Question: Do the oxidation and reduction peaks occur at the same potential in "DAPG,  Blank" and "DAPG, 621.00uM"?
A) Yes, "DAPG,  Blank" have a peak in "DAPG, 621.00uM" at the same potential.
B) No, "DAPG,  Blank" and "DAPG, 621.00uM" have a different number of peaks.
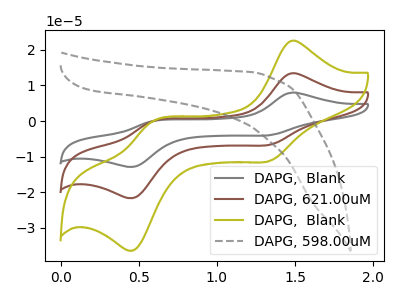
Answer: <think>The gray curve "DAPG,  Blank" has anodic peaks at (1.45V, 26.75uA) (0.60V, -0.15uA) and cathodic peaks at (1.35V, -13.30uA) (0.45V, -43.10uA). The brown curve "DAPG, 621.00uM" has anodic peaks at (1.45V, 13.35uA) (0.60V, -0.05uA) and cathodic peaks at (1.35V, -6.65uA) (0.45V, -21.55uA). The olive curve "DAPG,  Blank" has anodic peaks at (1.45V, 22.45uA) (0.60V, -0.10uA) and cathodic peaks at (1.35V, -11.15uA) (0.45V, -36.20uA). The gray dashed curve "DAPG, 598.00uM" has no peaks.</think>
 <answer>A) Yes, "DAPG,  Blank" have a peak in "DAPG, 621.00uM" at the same potential.</answer>
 <eval>A</eval>